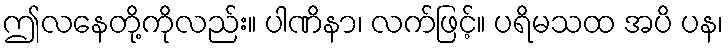
ဤလနေတို့ကိုလည်း။ ပါဏိနာ၊ လက်ဖြင့်။ ပရိမသထ အပိ ပန၊